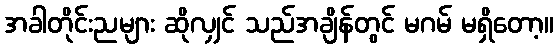
အခါတိုင်းညများ ဆိုလျှင် သည်အချိန်တွင် မဂမ် မရှိတော့။